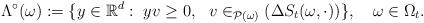
LaTeX: \begin{align*}\Lambda^\circ(\omega):=\{y\in\mathbb{R}^d:\ yv\geq0,\ \ v\in_{\mathcal{P}(\omega)}(\Delta S_t(\omega,\cdot))\},\quad\omega\in\Omega_t.\end{align*}